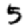
Digit: 5